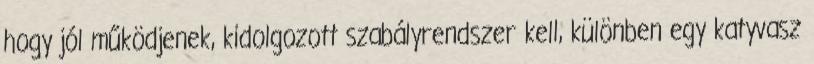
hogy jól működjenek, kidolgozott szabályrendszer kell, különben egy katyvasz